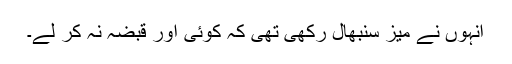
انہوں نے میز سنبھال رکھی تھی کہ کوئی اور قبضہ نہ کر لے۔